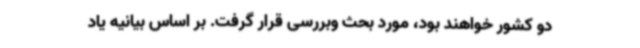
دو کشور خواهند بود، مورد بحث وبررسی قرار گرفت. بر اساس بیانیه یاد